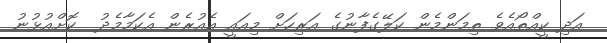
އަދި ކީއްތޯއެވެ ތިމަންމެން ކަލޭގެފާނުގެ އަރިހަށް މިއައީ އެއުރެން އެކަމާމެދު  ކޮށްއުޅުނު